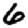
Digit: 6